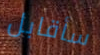
سأقابل